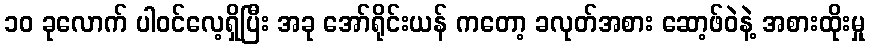
၁၀ ခုလောက် ပါဝင်လေ့ရှိပြီး အခု အော်ရိုင်းယန် ကတော့ ခလုတ်အစား ဆော့ဖ်ဝဲနဲ့ အစားထိုးမှု